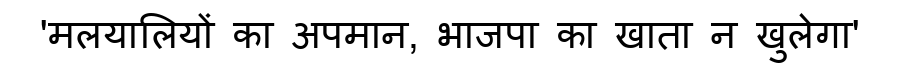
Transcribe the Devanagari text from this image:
'मलयालियों का अपमान, भाजपा का खाता न खुलेगा'